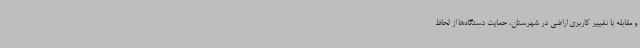
و مقابله با تغییر کاربری اراضی در شهرستان، حمایت دستگاه‌ها از لحاظ